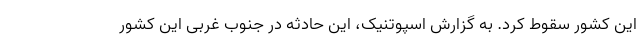
این کشور سقوط کرد. به گزارش اسپوتنیک، این حادثه در جنوب غربی این کشور